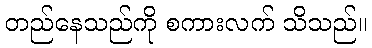
တည်နေသည်ကို စကားလက် သိသည်။